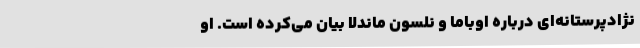
نژادپرستانه‌ای درباره اوباما و نلسون ماندلا بیان می‌کرده است. او